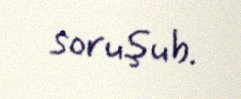
soruşub.